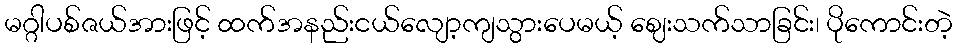
မဂ္ဂါပစ်ဇယ်အားဖြင့် ထက်အနည်းငယ်လျော့ကျသွားပေမယ့် ဈေးသက်သာခြင်း၊ ပိုကောင်းတဲ့